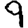
Digit: 9